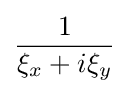
{\frac {1}{\xi _{x}+i\xi _{y}}}